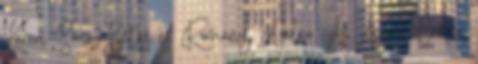
Karan Soni Betas és Romany Malco. Az Agent Carter